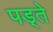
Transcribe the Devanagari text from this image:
पड्ते